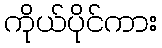
ကိုယ်ပိုင်ကား